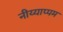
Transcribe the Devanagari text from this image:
नीय्याप्पम